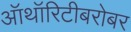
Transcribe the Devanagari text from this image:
ऑथॉरिटीबरोबर